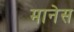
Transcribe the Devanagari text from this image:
मानेस